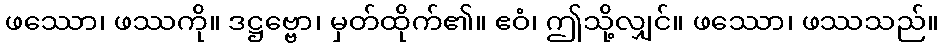
ဖဿော၊ ဖဿကို။ ဒဋ္ဌဗ္ဗော၊ မှတ်ထိုက်၏။ ဧဝံ၊ ဤသို့လျှင်။ ဖဿော၊ ဖဿသည်။